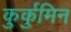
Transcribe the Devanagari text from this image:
कुर्कुमिन